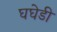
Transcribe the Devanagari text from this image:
घघेडी